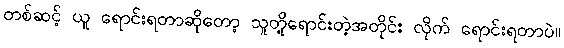
တစ်ဆင့် ယူ ရောင်းရတာဆိုတော့ သူတို့ရောင်းတဲ့အတိုင်း လိုက် ရောင်းရတာပဲ။